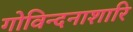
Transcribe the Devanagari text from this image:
गोविन्दनाशारि